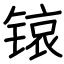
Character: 锿